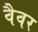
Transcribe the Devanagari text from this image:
वैवर